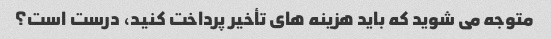
متوجه می شوید که باید هزینه های تأخیر پرداخت کنید، درست است؟